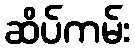
ဆိပ်ကမ်း